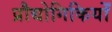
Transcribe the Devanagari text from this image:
प्रौद्योगिकियोँ